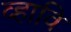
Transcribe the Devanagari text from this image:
व्हावि